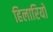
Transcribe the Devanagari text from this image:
हिलारियो